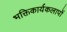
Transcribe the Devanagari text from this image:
भक्तिकार्यकलापों